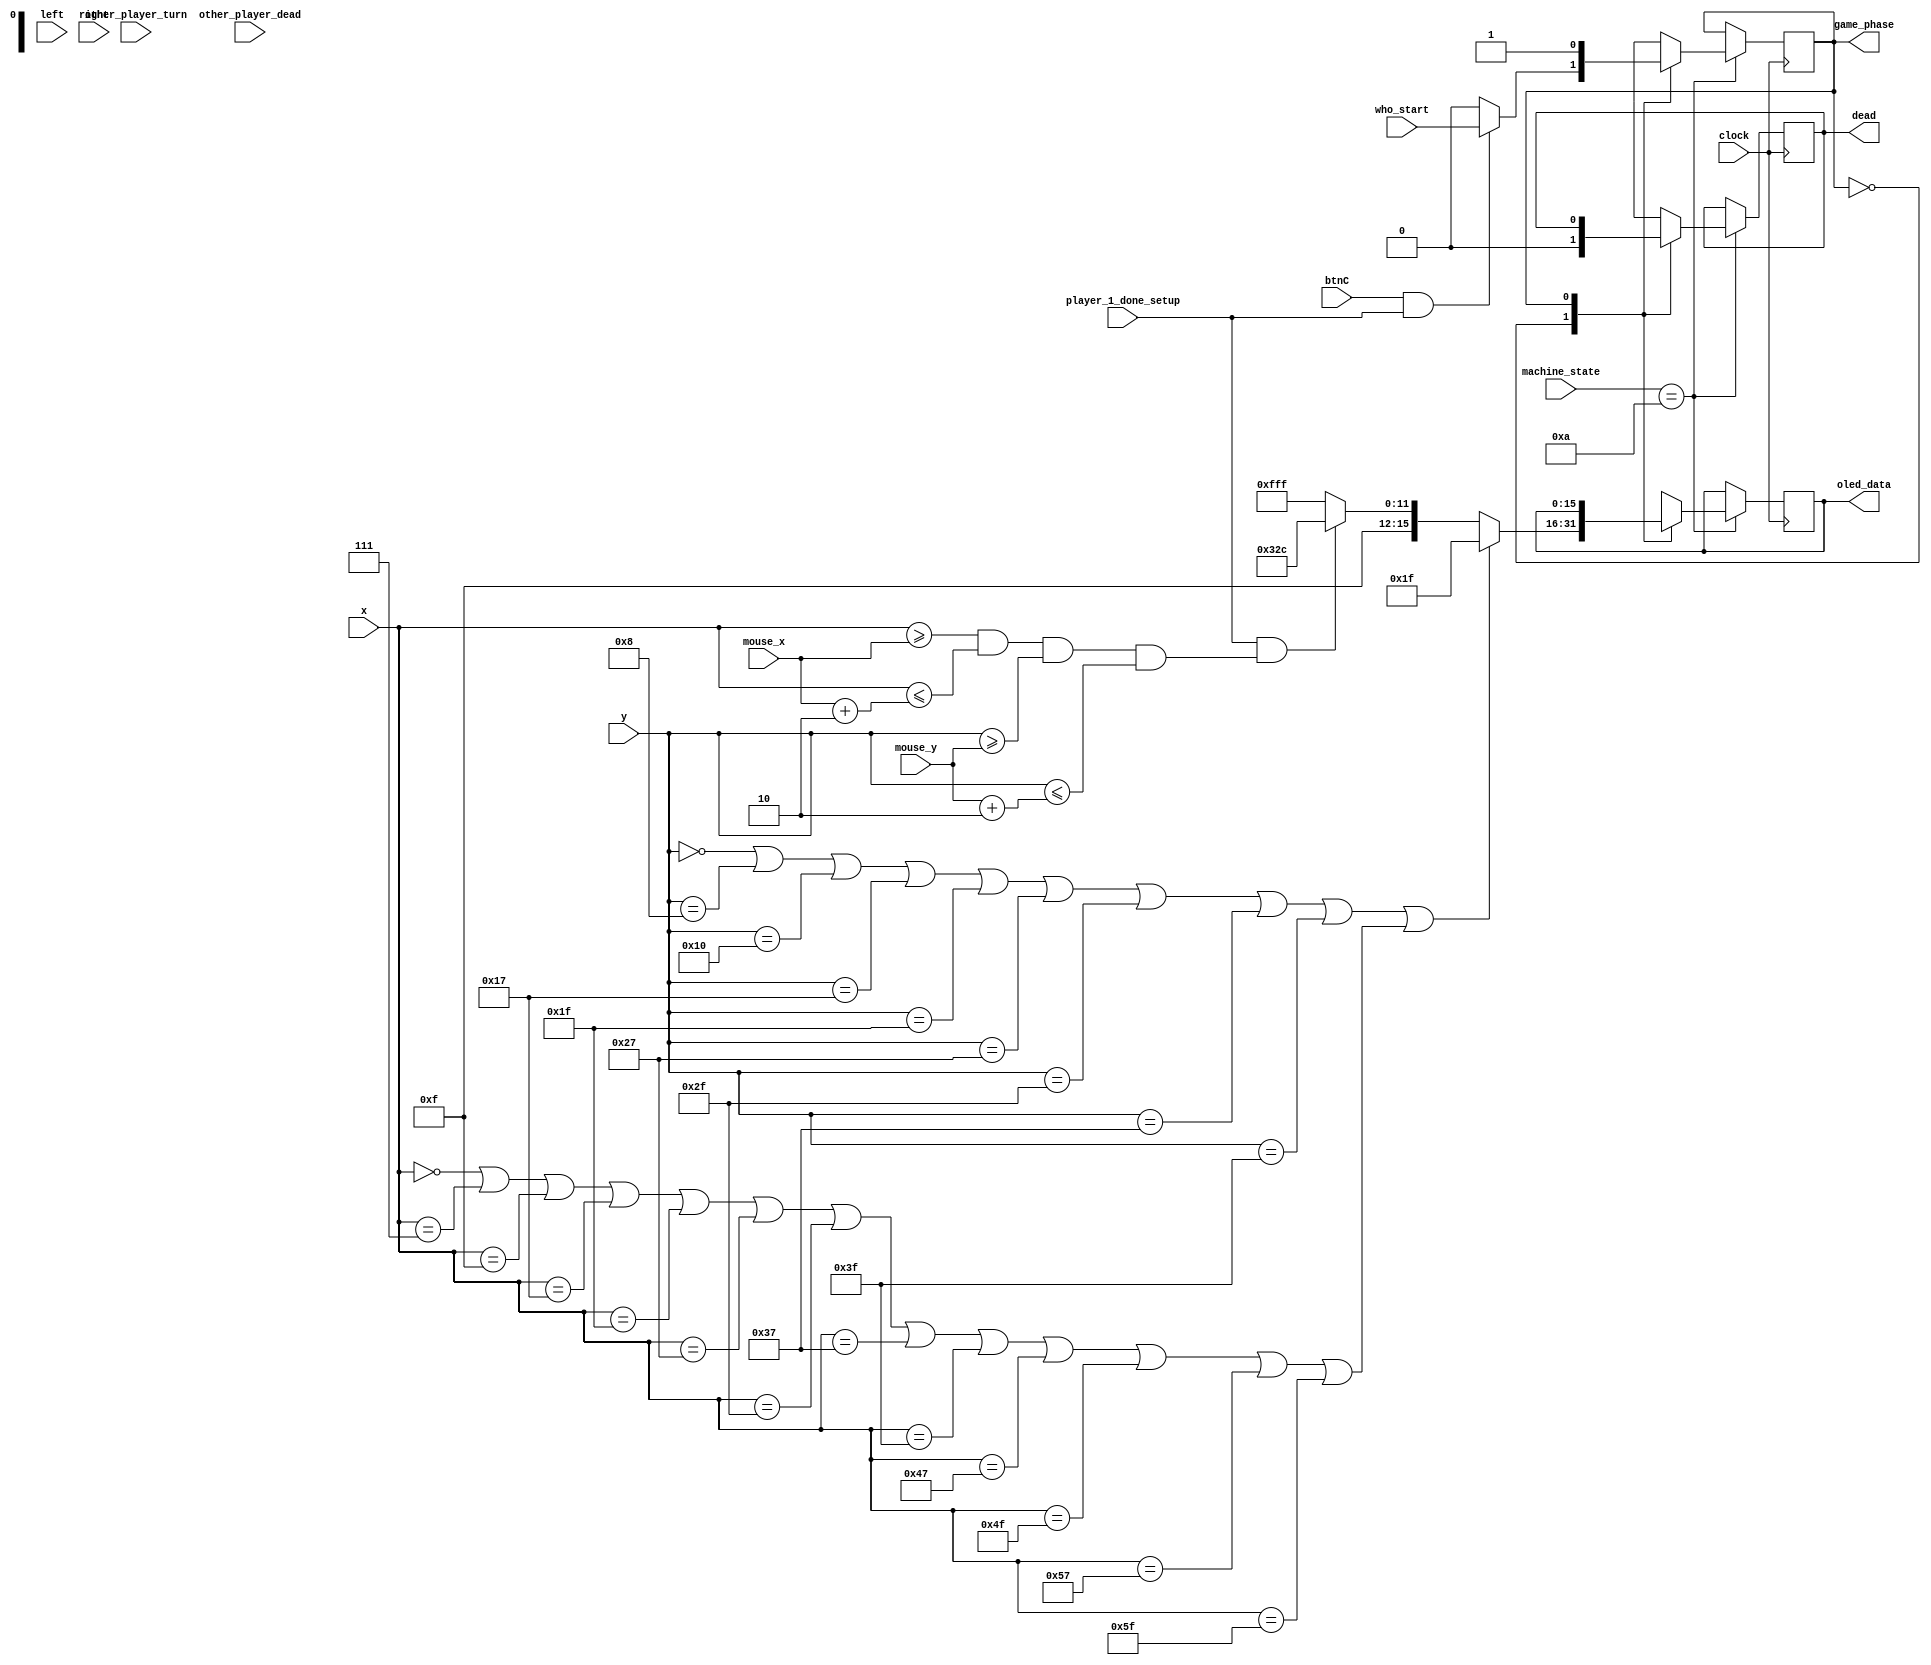
`timescale 1ns / 1ps

`define YELLOW 16'hFE2C
`define RED 16'hF800
`define WHITE 16'hFFFF
`define GREEN 16'h07E0
`define BLACK 16'h0000
`define CYAN 16'h07FF
`define MAGENTA 16'hF81F
`define BLUE 16'h001F
`define PINK 16'hFD34
`define YELLOWOCHRE 16'hFD8F
`define MILDRED 16'hF32C
`define NAVYBLUE 16'h2107
`define BROWN 16'hD510
`define BIEGE 16'hFF5B
`define PALEBLUE 16'h867F
`define PURPLE 16'hDC1F
`define DARKPURPLE 16'h3889
`define DARKRED 16'h48A2
`define SHADYBLUE 16'h3B11
`define GLOWBLUE 16'hA7BF
`define GLOWGREEN 16'h97F9

module battleships_2(
    input clock,
    input who_start,
    input other_player_turn,
    input btnC,
    input other_player_dead,
    input [3:0] machine_state,
    input [6:0] x, y,
    input [11:0] mouse_x, mouse_y,
    input left, right,
    output reg [15:0] oled_data,
    output reg dead,
    output reg game_phase,
    input player_1_done_setup
    );
   
    integer i = 0; //for loop
    integer counter = 0;
    
    //wires for mapping out grids
    wire [95:0] grid = 96'b0;
    wire [95:0] mouse_over_grid = 96'b0;
    reg [95:0] fleet_grid = 96'b0;
    reg [95:0] bombed_fleet = 96'b0;
    reg [95:0] bombed_empty = 96'b0;
    wire grid_line = ((y==0 || y==8 || y==16 || y==23 || y==31 || y==39 || y==47 || y==55 || y==63) || (x==0 || x==7 || x==15 || x==23 || x==31 || x==39 || x==47 || x==55 || x==63 || x==71 || x==79 || x==87 || x==95)); 
    wire mouse_cursor  = (x>=mouse_x && x<=(mouse_x+2) && y>=mouse_y && y<=(mouse_y+2));
    
    assign grid[0] = (x>0 && x<7 && y>0 && y<8);
    assign grid[1] = (x>7 && x<15 && y>0 && y<8);
    assign grid[2]= (x>15 && x<23 && y>0 && y<8);
    assign grid[3] = (x>23 && x<31 && y>0 && y<8);
    assign grid[4] = (x>31 && x<39 && y>0 && y<8);
    assign grid[5] = (x>39 && x<47 && y>0 && y<8);
    assign grid[6] = (x>47 && x<55 && y>0 && y<8);
    assign grid[7] = (x>55 && x<63 && y>0 && y<8);
    assign grid[8] = (x>63 && x<71 && y>0 && y<8);
    assign grid[9] = (x>71 && x<79 && y>0 && y<8);
    assign grid[10] = (x>79 && x<87 && y>0 && y<8);
    assign grid[11] = (x>87 && x<95 && y>0 && y<8);
    
    assign grid[12] = (x>0 && x<7 && y>8 && y<16);
    assign grid[13] = (x>7 && x<15 && y>8 && y<16);
    assign grid[13] = (x>15 && x<23 && y>8 && y<16);
    assign grid[15] = (x>23 && x<31 && y>8 && y<16);
    assign grid[16] = (x>31 && x<39 && y>8 && y<16);
    assign grid[17] = (x>39 && x<47 && y>8 && y<16);
    assign grid[18] = (x>47 && x<55 && y>8 && y<16);
    assign grid[19] = (x>55 && x<63 && y>8 && y<16);
    assign grid[20] = (x>63 && x<71 && y>8 && y<16);
    assign grid[21] = (x>71 && x<79 && y>8 && y<16);
    assign grid[22] = (x>79 && x<87 && y>8 && y<16);
    assign grid[23] = (x>87 && x<95 && y>8 && y<16);
    
    assign grid[24] = (x>0 && x<7 && y>16 && y<23);
    assign grid[25] = (x>7 && x<15 && y>16 && y<23);
    assign grid[26] = (x>15 && x<23 && y>16 && y<23);
    assign grid[27] = (x>23 && x<31 && y>16 && y<23);
    assign grid[28] = (x>31 && x<39 && y>16 && y<23);
    assign grid[29] = (x>39 && x<47 && y>16 && y<23);
    assign grid[30] = (x>47 && x<55 && y>16 && y<23);
    assign grid[31] = (x>55 && x<63 && y>16 && y<23);
    assign grid[32] = (x>63 && x<71 && y>16 && y<23);
    assign grid[33] = (x>71 && x<79 && y>16 && y<23);
    assign grid[34] = (x>79 && x<87 && y>16 && y<23);
    assign grid[35] = (x>87 && x<95 && y>16 && y<23);
    
    assign grid[36] = (x>0 && x<7 && y>23 && y<31);
    assign grid[37] = (x>7 && x<15 && y>23 && y<31);
    assign grid[38] = (x>15 && x<23 && y>23 && y<31);
    assign grid[39] = (x>23 && x<31 && y>23 && y<31);
    assign grid[40] = (x>31 && x<39 && y>23 && y<31);
    assign grid[41] = (x>39 && x<47 && y>23 && y<31);
    assign grid[42] = (x>47 && x<55 && y>23 && y<31);
    assign grid[43] = (x>55 && x<63 && y>23 && y<31);
    assign grid[44] = (x>63 && x<71 && y>23 && y<31);
    assign grid[45] = (x>71 && x<79 && y>23 && y<31);
    assign grid[46] = (x>79 && x<87 && y>23 && y<31);
    assign grid[47] = (x>87 && x<95 && y>23 && y<31);
    
    assign grid[48] = (x>0 && x<7 && y>31 && y<39);
    assign grid[49] = (x>7 && x<15 && y>31 && y<39);
    assign grid[50] = (x>15 && x<23 && y>31 && y<39);
    assign grid[51] = (x>23 && x<31 && y>31 && y<39);
    assign grid[52] = (x>31 && x<39 && y>31 && y<39);
    assign grid[53] = (x>39 && x<47 && y>31 && y<39);
    assign grid[54] = (x>47 && x<55 && y>31 && y<39);
    assign grid[55] = (x>55 && x<63 && y>31 && y<39);
    assign grid[56] = (x>63 && x<71 && y>31 && y<39);
    assign grid[57] = (x>71 && x<79 && y>31 && y<39);
    assign grid[58] = (x>79 && x<87 && y>31 && y<39);
    assign grid[59] = (x>87 && x<95 && y>31 && y<39);
    
    assign grid[60] = (x>0 && x<7 && y>39 && y<47);
    assign grid[61] = (x>7 && x<15 && y>39 && y<47);
    assign grid[62] = (x>15 && x<23 && y>39 && y<47);
    assign grid[63] = (x>23 && x<31 && y>39 && y<47);
    assign grid[64] = (x>31 && x<39 && y>39 && y<47);
    assign grid[65] = (x>39 && x<47 && y>39 && y<47);
    assign grid[66] = (x>47 && x<55 && y>39 && y<47);
    assign grid[67] = (x>55 && x<63 && y>39 && y<47);
    assign grid[68] = (x>63 && x<71 && y>39 && y<47);
    assign grid[69] = (x>71 && x<79 && y>39 && y<47);
    assign grid[70] = (x>79 && x<87 && y>39 && y<47);
    assign grid[71] = (x>87 && x<95 && y>39 && y<47);
    
    assign grid[72] = (x>0 && x<7 && y>47 && y<55);
    assign grid[73] = (x>7 && x<15 && y>47 && y<55);
    assign grid[74] = (x>15 && x<23 && y>47 && y<55);
    assign grid[75] = (x>23 && x<31 && y>47 && y<55);
    assign grid[76] = (x>31 && x<39 && y>47 && y<55);
    assign grid[77] = (x>39 && x<47 && y>47 && y<55);
    assign grid[78] = (x>47 && x<55 && y>47 && y<55);
    assign grid[79] = (x>55 && x<63 && y>47 && y<55);
    assign grid[80] = (x>63 && x<71 && y>47 && y<55);
    assign grid[81] = (x>71 && x<79 && y>47 && y<55);
    assign grid[82] = (x>79 && x<87 && y>47 && y<55);
    assign grid[83] = (x>87 && x<95 && y>47 && y<55);
    
    assign grid[84] = (x>0 && x<7 && y>55 && y<63);
    assign grid[85] = (x>7 && x<15 && y>55 && y<63);
    assign grid[86] = (x>15 && x<23 && y>55 && y<63);
    assign grid[87] = (x>23 && x<31 && y>55 && y<63);
    assign grid[88] = (x>31 && x<39 && y>55 && y<63);
    assign grid[89] = (x>39 && x<47 && y>55 && y<63);
    assign grid[90] = (x>47 && x<55 && y>55 && y<63);
    assign grid[91] = (x>55 && x<63 && y>55 && y<63);
    assign grid[92] = (x>63 && x<71 && y>55 && y<63);
    assign grid[93] = (x>71 && x<79 && y>55 && y<63);
    assign grid[94] = (x>79 && x<87 && y>55 && y<63);
    assign grid[95] = (x>87 && x<95 && y>55 && y<63);
    
    assign mouse_over_grid[0] = (mouse_x>0 && mouse_x<7 && mouse_y>0 && mouse_y<8);
    assign mouse_over_grid[1] = (mouse_x>7 && mouse_x<15 && mouse_y>0 && mouse_y<8);
    assign mouse_over_grid[2]= (mouse_x>15 && mouse_x<23 && mouse_y>0 && mouse_y<8);
    assign mouse_over_grid[3] = (mouse_x>23 && mouse_x<31 && mouse_y>0 && mouse_y<8);
    assign mouse_over_grid[4] = (mouse_x>31 && mouse_x<39 && mouse_y>0 && mouse_y<8);
    assign mouse_over_grid[5] = (mouse_x>39 && mouse_x<47 && mouse_y>0 && mouse_y<8);
    assign mouse_over_grid[6] = (mouse_x>47 && mouse_x<55 && mouse_y>0 && mouse_y<8);
    assign mouse_over_grid[7] = (mouse_x>55 && mouse_x<63 && mouse_y>0 && mouse_y<8);
    assign mouse_over_grid[8] = (mouse_x>63 && mouse_x<71 && mouse_y>0 && mouse_y<8);
    assign mouse_over_grid[9] = (mouse_x>71 && mouse_x<79 && mouse_y>0 && mouse_y<8);
    assign mouse_over_grid[10] = (mouse_x>79 && mouse_x<87 && mouse_y>0 && mouse_y<8);
    assign mouse_over_grid[11] = (mouse_x>87 && mouse_x<95 && mouse_y>0 && mouse_y<8);
    
    assign mouse_over_grid[12] = (mouse_x>0 && mouse_x<7 && mouse_y>8 && mouse_y<16);
    assign mouse_over_grid[13] = (mouse_x>7 && mouse_x<15 && mouse_y>8 && mouse_y<16);
    assign mouse_over_grid[13] = (mouse_x>15 && mouse_x<23 && mouse_y>8 && mouse_y<16);
    assign mouse_over_grid[15] = (mouse_x>23 && mouse_x<31 && mouse_y>8 && mouse_y<16);
    assign mouse_over_grid[16] = (mouse_x>31 && mouse_x<39 && mouse_y>8 && mouse_y<16);
    assign mouse_over_grid[17] = (mouse_x>39 && mouse_x<47 && mouse_y>8 && mouse_y<16);
    assign mouse_over_grid[18] = (mouse_x>47 && mouse_x<55 && mouse_y>8 && mouse_y<16);
    assign mouse_over_grid[19] = (mouse_x>55 && mouse_x<63 && mouse_y>8 && mouse_y<16);
    assign mouse_over_grid[20] = (mouse_x>63 && mouse_x<71 && mouse_y>8 && mouse_y<16);
    assign mouse_over_grid[21] = (mouse_x>71 && mouse_x<79 && mouse_y>8 && mouse_y<16);
    assign mouse_over_grid[22] = (mouse_x>79 && mouse_x<87 && mouse_y>8 && mouse_y<16);
    assign mouse_over_grid[23] = (mouse_x>87 && mouse_x<95 && mouse_y>8 && mouse_y<16);
    
    assign mouse_over_grid[24] = (mouse_x>0 && mouse_x<7 && mouse_y>16 && mouse_y<23);
    assign mouse_over_grid[25] = (mouse_x>7 && mouse_x<15 && mouse_y>16 && mouse_y<23);
    assign mouse_over_grid[26] = (mouse_x>15 && mouse_x<23 && mouse_y>16 && mouse_y<23);
    assign mouse_over_grid[27] = (mouse_x>23 && mouse_x<31 && mouse_y>16 && mouse_y<23);
    assign mouse_over_grid[28] = (mouse_x>31 && mouse_x<39 && mouse_y>16 && mouse_y<23);
    assign mouse_over_grid[29] = (mouse_x>39 && mouse_x<47 && mouse_y>16 && mouse_y<23);
    assign mouse_over_grid[30] = (mouse_x>47 && mouse_x<55 && mouse_y>16 && mouse_y<23);
    assign mouse_over_grid[31] = (mouse_x>55 && mouse_x<63 && mouse_y>16 && mouse_y<23);
    assign mouse_over_grid[32] = (mouse_x>63 && mouse_x<71 && mouse_y>16 && mouse_y<23);
    assign mouse_over_grid[33] = (mouse_x>71 && mouse_x<79 && mouse_y>16 && mouse_y<23);
    assign mouse_over_grid[34] = (mouse_x>79 && mouse_x<87 && mouse_y>16 && mouse_y<23);
    assign mouse_over_grid[35] = (mouse_x>87 && mouse_x<95 && mouse_y>16 && mouse_y<23);
    
    assign mouse_over_grid[36] = (mouse_x>0 && mouse_x<7 && mouse_y>23 && mouse_y<31);
    assign mouse_over_grid[37] = (mouse_x>7 && mouse_x<15 && mouse_y>23 && mouse_y<31);
    assign mouse_over_grid[38] = (mouse_x>15 && mouse_x<23 && mouse_y>23 && mouse_y<31);
    assign mouse_over_grid[39] = (mouse_x>23 && mouse_x<31 && mouse_y>23 && mouse_y<31);
    assign mouse_over_grid[40] = (mouse_x>31 && mouse_x<39 && mouse_y>23 && mouse_y<31);
    assign mouse_over_grid[41] = (mouse_x>39 && mouse_x<47 && mouse_y>23 && mouse_y<31);
    assign mouse_over_grid[42] = (mouse_x>47 && mouse_x<55 && mouse_y>23 && mouse_y<31);
    assign mouse_over_grid[43] = (mouse_x>55 && mouse_x<63 && mouse_y>23 && mouse_y<31);
    assign mouse_over_grid[44] = (mouse_x>63 && mouse_x<71 && mouse_y>23 && mouse_y<31);
    assign mouse_over_grid[45] = (mouse_x>71 && mouse_x<79 && mouse_y>23 && mouse_y<31);
    assign mouse_over_grid[46] = (mouse_x>79 && mouse_x<87 && mouse_y>23 && mouse_y<31);
    assign mouse_over_grid[47] = (mouse_x>87 && mouse_x<95 && mouse_y>23 && mouse_y<31);
    
    assign mouse_over_grid[48] = (mouse_x>0 && mouse_x<7 && mouse_y>31 && mouse_y<39);
    assign mouse_over_grid[49] = (mouse_x>7 && mouse_x<15 && mouse_y>31 && mouse_y<39);
    assign mouse_over_grid[50] = (mouse_x>15 && mouse_x<23 && mouse_y>31 && mouse_y<39);
    assign mouse_over_grid[51] = (mouse_x>23 && mouse_x<31 && mouse_y>31 && mouse_y<39);
    assign mouse_over_grid[52] = (mouse_x>31 && mouse_x<39 && mouse_y>31 && mouse_y<39);
    assign mouse_over_grid[53] = (mouse_x>39 && mouse_x<47 && mouse_y>31 && mouse_y<39);
    assign mouse_over_grid[54] = (mouse_x>47 && mouse_x<55 && mouse_y>31 && mouse_y<39);
    assign mouse_over_grid[55] = (mouse_x>55 && mouse_x<63 && mouse_y>31 && mouse_y<39);
    assign mouse_over_grid[56] = (mouse_x>63 && mouse_x<71 && mouse_y>31 && mouse_y<39);
    assign mouse_over_grid[57] = (mouse_x>71 && mouse_x<79 && mouse_y>31 && mouse_y<39);
    assign mouse_over_grid[58] = (mouse_x>79 && mouse_x<87 && mouse_y>31 && mouse_y<39);
    assign mouse_over_grid[59] = (mouse_x>87 && mouse_x<95 && mouse_y>31 && mouse_y<39);
    
    assign mouse_over_grid[60] = (mouse_x>0 && mouse_x<7 && mouse_y>39 && mouse_y<47);
    assign mouse_over_grid[61] = (mouse_x>7 && mouse_x<15 && mouse_y>39 && mouse_y<47);
    assign mouse_over_grid[62] = (mouse_x>15 && mouse_x<23 && mouse_y>39 && mouse_y<47);
    assign mouse_over_grid[63] = (mouse_x>23 && mouse_x<31 && mouse_y>39 && mouse_y<47);
    assign mouse_over_grid[64] = (mouse_x>31 && mouse_x<39 && mouse_y>39 && mouse_y<47);
    assign mouse_over_grid[65] = (mouse_x>39 && mouse_x<47 && mouse_y>39 && mouse_y<47);
    assign mouse_over_grid[66] = (mouse_x>47 && mouse_x<55 && mouse_y>39 && mouse_y<47);
    assign mouse_over_grid[67] = (mouse_x>55 && mouse_x<63 && mouse_y>39 && mouse_y<47);
    assign mouse_over_grid[68] = (mouse_x>63 && mouse_x<71 && mouse_y>39 && mouse_y<47);
    assign mouse_over_grid[69] = (mouse_x>71 && mouse_x<79 && mouse_y>39 && mouse_y<47);
    assign mouse_over_grid[70] = (mouse_x>79 && mouse_x<87 && mouse_y>39 && mouse_y<47);
    assign mouse_over_grid[71] = (mouse_x>87 && mouse_x<95 && mouse_y>39 && mouse_y<47);
    
    assign mouse_over_grid[72] = (mouse_x>0 && mouse_x<7 && mouse_y>47 && mouse_y<55);
    assign mouse_over_grid[73] = (mouse_x>7 && mouse_x<15 && mouse_y>47 && mouse_y<55);
    assign mouse_over_grid[74] = (mouse_x>15 && mouse_x<23 && mouse_y>47 && mouse_y<55);
    assign mouse_over_grid[75] = (mouse_x>23 && mouse_x<31 && mouse_y>47 && mouse_y<55);
    assign mouse_over_grid[76] = (mouse_x>31 && mouse_x<39 && mouse_y>47 && mouse_y<55);
    assign mouse_over_grid[77] = (mouse_x>39 && mouse_x<47 && mouse_y>47 && mouse_y<55);
    assign mouse_over_grid[78] = (mouse_x>47 && mouse_x<55 && mouse_y>47 && mouse_y<55);
    assign mouse_over_grid[79] = (mouse_x>55 && mouse_x<63 && mouse_y>47 && mouse_y<55);
    assign mouse_over_grid[80] = (mouse_x>63 && mouse_x<71 && mouse_y>47 && mouse_y<55);
    assign mouse_over_grid[81] = (mouse_x>71 && mouse_x<79 && mouse_y>47 && mouse_y<55);
    assign mouse_over_grid[82] = (mouse_x>79 && mouse_x<87 && mouse_y>47 && mouse_y<55);
    assign mouse_over_grid[83] = (mouse_x>87 && mouse_x<95 && mouse_y>47 && mouse_y<55);
    
    assign mouse_over_grid[84] = (mouse_x>0 && mouse_x<7 && mouse_y>55 && mouse_y<63);
    assign mouse_over_grid[85] = (mouse_x>7 && mouse_x<15 && mouse_y>55 && mouse_y<63);
    assign mouse_over_grid[86] = (mouse_x>15 && mouse_x<23 && mouse_y>55 && mouse_y<63);
    assign mouse_over_grid[87] = (mouse_x>23 && mouse_x<31 && mouse_y>55 && mouse_y<63);
    assign mouse_over_grid[88] = (mouse_x>31 && mouse_x<39 && mouse_y>55 && mouse_y<63);
    assign mouse_over_grid[89] = (mouse_x>39 && mouse_x<47 && mouse_y>55 && mouse_y<63);
    assign mouse_over_grid[90] = (mouse_x>47 && mouse_x<55 && mouse_y>55 && mouse_y<63);
    assign mouse_over_grid[91] = (mouse_x>55 && mouse_x<63 && mouse_y>55 && mouse_y<63);
    assign mouse_over_grid[92] = (mouse_x>63 && mouse_x<71 && mouse_y>55 && mouse_y<63);
    assign mouse_over_grid[93] = (mouse_x>71 && mouse_x<79 && mouse_y>55 && mouse_y<63);
    assign mouse_over_grid[94] = (mouse_x>79 && mouse_x<87 && mouse_y>55 && mouse_y<63);
    assign mouse_over_grid[95] = (mouse_x>87 && mouse_x<95 && mouse_y>55 && mouse_y<63);
    
    always @ (posedge clock) begin
    if(machine_state == 4'd10) begin
        case(game_phase)
        0: begin //setup ships
            dead = 0;
            bombed_fleet = 96'b0;
            bombed_empty = 96'b0;
            fleet_grid = 96'b0;
            
            if(btnC && fleet_grid==0 && player_1_done_setup)
            game_phase = who_start;
            
            for (i = 0; i < 96; i = i + 1) begin //initialise by left clicking grids to be counted as fleet
                if(left && mouse_over_grid[i] && player_1_done_setup) 
                fleet_grid[i] = 1;
                
                if(fleet_grid[i] && grid[i]) //only if grid is part of fleet, then colour
                oled_data = `NAVYBLUE;
                else if (grid_line)
                oled_data = `BLUE;
                else if (player_1_done_setup && mouse_cursor)
                oled_data = `MILDRED;
                else
                oled_data = `WHITE;
            end
           
        end
        1: begin //under attack
            if(other_player_turn == 2)begin
            if (bombed_fleet == fleet_grid) begin
            game_phase = 3;
            dead = 1;
            end
            
            else begin
            for (i = 0; i < 96; i = i + 1) begin
                if(right && fleet_grid[i] && mouse_over_grid[i])begin
                bombed_fleet[i] = 1;
                game_phase = 2;
                end
                else if (right && ~fleet_grid[i] && mouse_over_grid[i]) begin
                bombed_empty[i] = 1;
                game_phase = 2;
                end
                
                if (mouse_cursor)
                oled_data = `MILDRED;
                else if(bombed_fleet[i] && grid[i])
                oled_data = `RED;
                else if (bombed_empty[i] && grid[i])
                oled_data = `BROWN;
                else if (grid_line)
                oled_data = `BLUE;
                else
                oled_data = `WHITE;        
            end
            end
            end
        end
        2: begin //launching attack
            if(other_player_turn == 1)begin
            if(other_player_dead)
            game_phase = 3;
         
            else begin
            for (i = 0; i < 96; i = i + 1) begin
            if(bombed_fleet[i] && grid[i])
            oled_data = `RED;
            else if (bombed_empty[i] && grid[i])
            oled_data = `BROWN;
            else if (grid_line)
            oled_data = `BLUE;
            else
            oled_data = `WHITE;
            end
            end
            end
        end
        3: begin //win/lose
            counter = counter + 1;
            if(counter>=1000000000) begin
            game_phase = 0;
            counter = 0;
            end
            else begin
            if(other_player_dead) begin
            oled_data = `RED;
            end
            else if (dead) begin
            oled_data = `GREEN;
            end
            end
        end
        endcase
    end
    end
    
endmodule